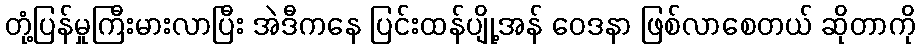
တုံ့ပြန်မှုကြီးမားလာပြီး အဲဒီကနေ ပြင်းထန်ပျို့အန် ဝေဒနာ ဖြစ်လာစေတယ် ဆိုတာကို